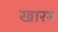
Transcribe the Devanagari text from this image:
खारम